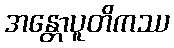
အန္တောပူတိကဿ